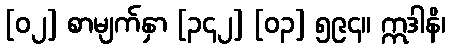
[၀၂] စာမျက်နှာ [၃၄၂] [၀၃] ၅၉၄။ ဣဒါနိ၊